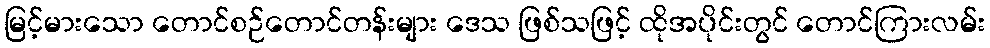
မြင့်မားသော တောင်စဉ်တောင်တန်းများ ဒေသ ဖြစ်သဖြင့် ထိုအပိုင်းတွင် တောင်ကြားလမ်း